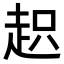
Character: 𧻍